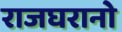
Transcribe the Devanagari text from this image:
राजघरानो